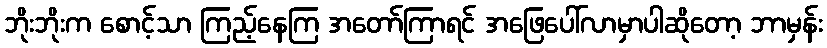
ဘိုးဘိုးက စောင့်သာ ကြည့်နေကြ အတော်ကြာရင် အဖြေပေါ်လာမှာပါဆိုတော့ ဘာမှန်း